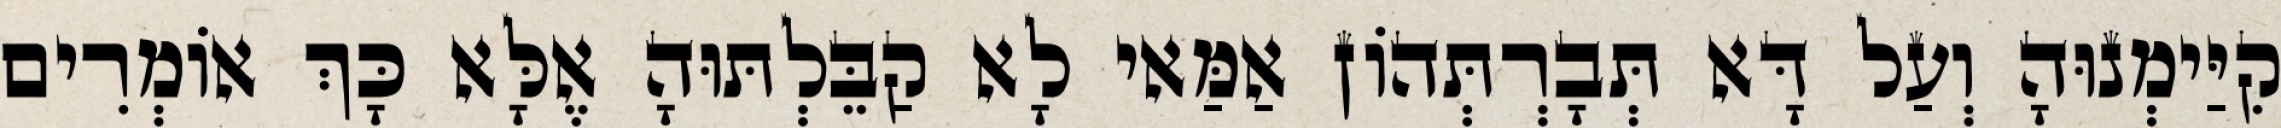
קִיַּימְנוּהָ וְעַל דָּא תְּבָרְתְּהוֹן אַמַּאי לָא קַבֵּלְתּוּהָ אֶלָּא כָּךְ אוֹמְרִים